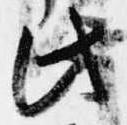
此